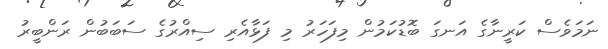
ނަމަވެސް ކަރީނާގެ އަނގަ ބޮޑުކަމުން މިފަހަރު މި ފަޅާއެރި ސިއްރުގެ ސަބަބުން ރަންބީރު